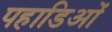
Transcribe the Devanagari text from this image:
पहाडिओं